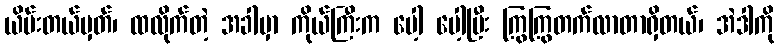
ယိမ်းတယ်မှတ်၊ ထလိုက်တဲ့ အခါမှာ ကိုယ်ကြီးက ပေါ့ ပေါ့ပြီး ကြွကြွတက်လာတာရှိတယ်၊ အဲဒါကို